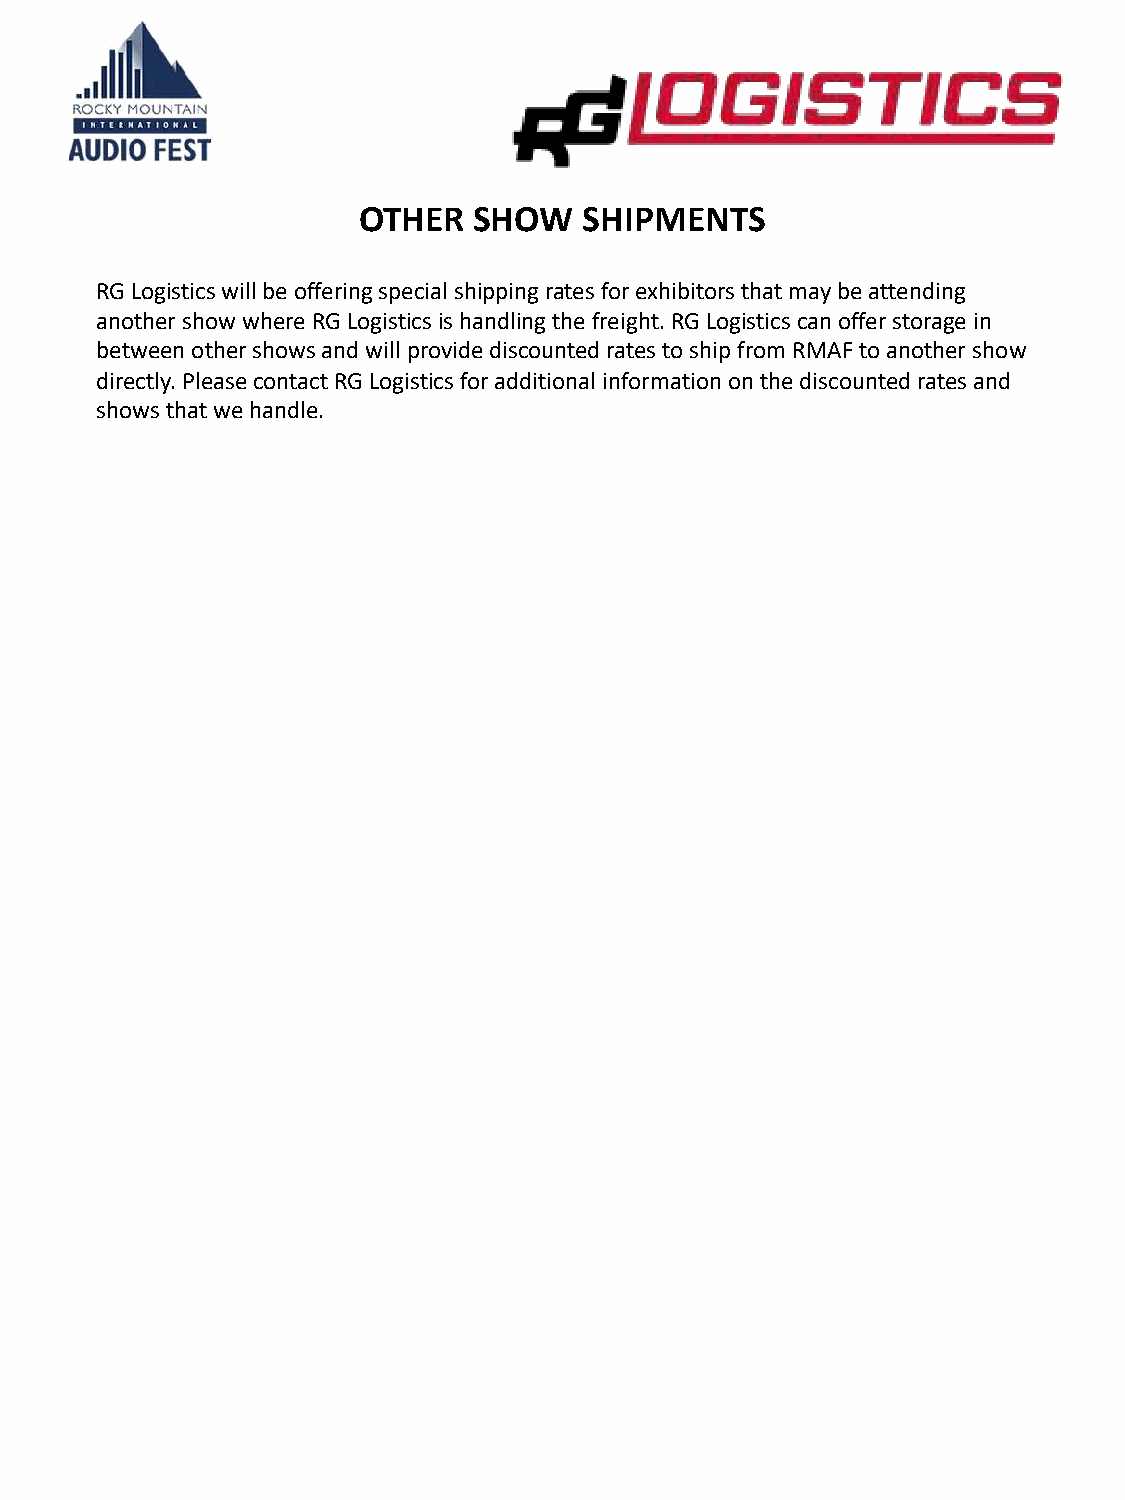
OTHER  SHOW    SHIPMENTS
 RG Logistics will be offering special shipping rates for exhibitors that may be attending
 another show where RG Logistics is handling the freight. RG Logistics can offer storage in
 between other shows and will provide discounted rates to ship from RMAF to another show
 directly. Please contact RG Logistics for additional information on the discounted rates and
 shows that we handle.